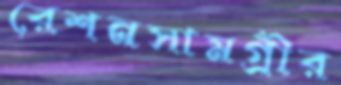
রেশনসামগ্রীর